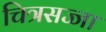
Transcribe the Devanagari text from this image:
चित्रसज्जा